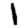
Digit: 1